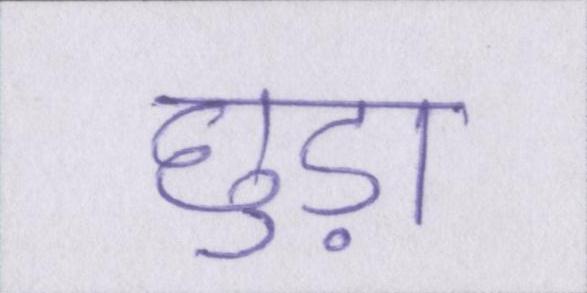
छुड़ा